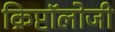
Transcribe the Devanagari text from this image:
क्रिप्टॉलोजी